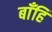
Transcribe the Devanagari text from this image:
बाँहि